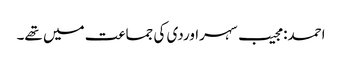
احمد: مجیب سہراوردی کی جماعت میں تھے۔